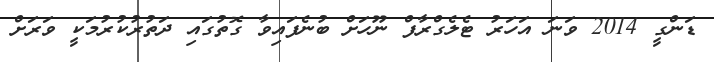
ޑަންގީ 2014 ވަނަ އަހަރު ޓެލެގްރާފް ނޫހަށް ބުނެފައިވާ ގޮތުގައި ދަތުރުކުރުމަކީ ވަރަށް